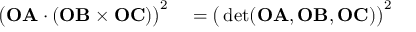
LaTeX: \begin{array} { r l } { { \bigl ( } \mathbf { O A } \cdot ( \mathbf { O B } \times \mathbf { O C } ) { \bigr ) } ^ { 2 } } & { { } = { \bigl ( } \operatorname* { d e t } ( \mathbf { O A } , \mathbf { O B } , \mathbf { O C } ) { \bigr ) } ^ { 2 } } \end{array}